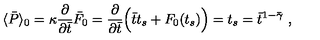
\langle \bar { P } \rangle _ { 0 } = \kappa { \frac { \partial } { \partial \bar { t } } } \bar { F } _ { 0 } = { \frac { \partial } { \partial \bar { t } } } \Bigl ( \bar { t } t _ { s } + F _ { 0 } ( t _ { s } ) \Bigr ) = t _ { s } = \bar { t } ^ { 1 - \bar { \gamma } } \ ,